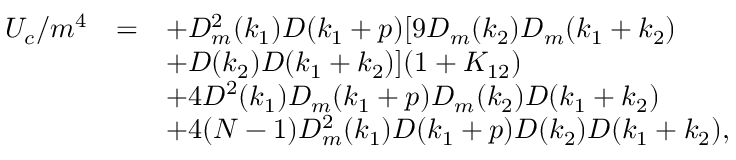
\begin{array} { r c l } { { U _ { c } / m ^ { 4 } } } & { { = } } & { { \displaystyle + D _ { m } ^ { 2 } ( k _ { 1 } ) D ( k _ { 1 } + p ) [ 9 D _ { m } ( k _ { 2 } ) D _ { m } ( k _ { 1 } + k _ { 2 } ) } } \\ { { } } & { { } } & { { \displaystyle + D ( k _ { 2 } ) D ( k _ { 1 } + k _ { 2 } ) ] ( 1 + K _ { 1 2 } ) } } \\ { { } } & { { } } & { { \displaystyle + 4 D ^ { 2 } ( k _ { 1 } ) D _ { m } ( k _ { 1 } + p ) D _ { m } ( k _ { 2 } ) D ( k _ { 1 } + k _ { 2 } ) } } \\ { { } } & { { } } & { { \displaystyle + 4 ( N - 1 ) D _ { m } ^ { 2 } ( k _ { 1 } ) D ( k _ { 1 } + p ) D ( k _ { 2 } ) D ( k _ { 1 } + k _ { 2 } ) , } } \end{array}